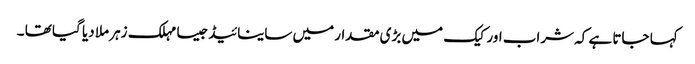
کہا جاتا ہے کہ شراب اور کیک میں بڑی مقدار میں ساینائیڈجیسا مہلک زہر ملا دیا گیا تھا ۔